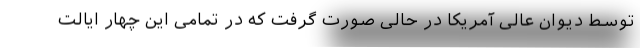
توسط دیوان عالی آمریکا در حالی صورت گرفت که در تمامی این چهار ایالت